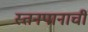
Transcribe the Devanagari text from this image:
स्तनपानाची